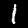
Digit: 1